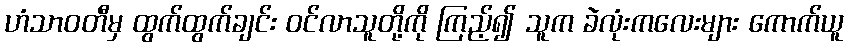
ဟံသာဝတီမှ ထွက်ထွက်ချင်း ဝင်လာသူတို့ကို ကြည့်၍ သူက ခဲလုံးကလေးများ ကောက်ယူ